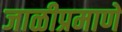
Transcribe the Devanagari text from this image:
जाळीप्रमाणे